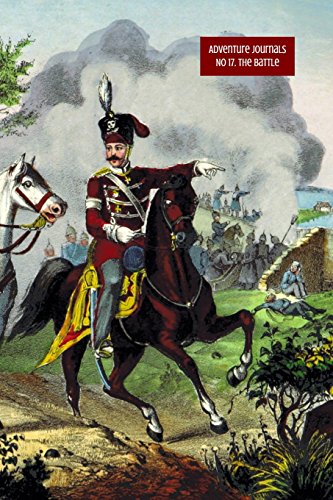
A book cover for No 17. The Battle (Adventure Journals); Adventure Journals; Travel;